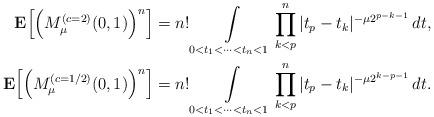
LaTeX: \begin{align*}{\bf{E}} \Bigl[\Bigl(M_\mu^{(c=2)}(0,1)\Bigr)^n\Bigr] & = n!\int\limits_{0<t_1<\cdots<t_n<1} \prod\limits_{k<p}^n |t_p-t_k|^{-\mu 2^{p-k-1}}\,dt, \\ {\bf{E}} \Bigl[\Bigl(M_\mu^{(c=1/2)}(0,1)\Bigr)^n\Bigr] & = n!\int\limits_{0<t_1<\cdots<t_n<1} \prod\limits_{k<p}^n |t_p-t_k|^{-\mu 2^{k-p-1}}\,dt.\end{align*}